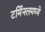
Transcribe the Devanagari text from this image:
टर्मिनलमध्ये